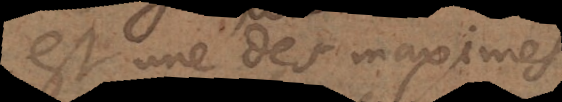
est une des maximes